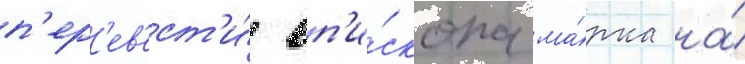
п'ер'ев'ест'и́ еп'и́скопа ма́рка на́